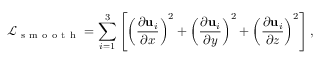
\mathcal { L } _ { \mathrm { ~ s ~ m ~ o ~ o ~ t ~ h ~ } } = \sum _ { i = 1 } ^ { 3 } \left[ \left( \frac { \partial \mathrm { \mathbf { u } } _ { i } } { \partial x } \right) ^ { 2 } + \left( \frac { \partial \mathrm { \mathbf { u } } _ { i } } { \partial y } \right) ^ { 2 } + \left( \frac { \partial \mathrm { \mathbf { u } } _ { i } } { \partial z } \right) ^ { 2 } \right] ,